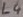
Text: L4